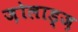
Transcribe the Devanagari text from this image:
ज़ोलाड्ज़